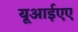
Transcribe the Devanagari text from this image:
यूआईएए